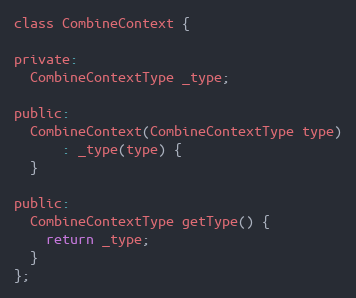
Language: C
class CombineContext {

private:
  CombineContextType _type;

public:
  CombineContext(CombineContextType type)
      : _type(type) {
  }

public:
  CombineContextType getType() {
    return _type;
  }
};